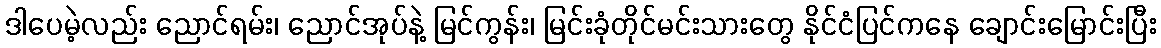
ဒါပေမဲ့လည်း ညောင်ရမ်း၊ ညောင်အုပ်နဲ့ မြင်ကွန်း၊ မြင်းခုံတိုင်မင်းသားတွေ နိုင်ငံပြင်ကနေ ချောင်းမြောင်းပြီး